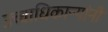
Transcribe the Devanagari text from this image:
उच्चाधिकाऱ्यांनी